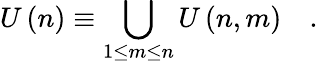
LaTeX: U\left(n\right)\equiv\bigcup_{1\le m\le n}U\left(n,m\right)\quad.